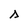
Character: s